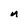
Character: n